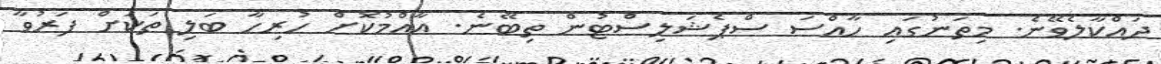
ދައްކާލެވޭނެ. މިތަނުގައި ހާއްސަ ސްޕެޝަލިސްޓުން ތިބޭނެ. އާއްމުކޮށް ހުރިހާ ބަލި ތަކަށް ފަރުވާ